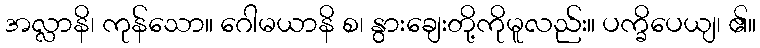
အလ္လာနိ၊ ကုန်သော။ ဂေါမယာနိ စ၊ နွားချေးတို့ကိုမူလည်း။ ပက္ခိပေယျ၊ ၏။